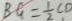
B C = \frac { 1 } { 2 } C D